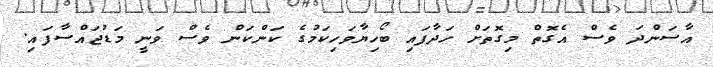
އާސަންދަ ވެސް އެގޮތް މިގޮތަށް ހަދާފައި ބޯހިޔާވަހިކަމުގެ ކަންކަން ވެސް ވަނީ މަޑުޖައްސާފައި.